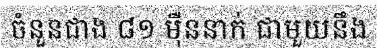
ចំនួនជាង ៨១ ម៉ឺននាក់ ជាមួយនឹង